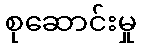
စုဆောင်းမှု